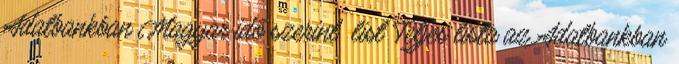
Adatbankban Magyar idő szerint list Teljes lista az Adatbankban